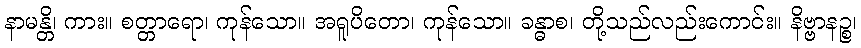
နာမန္တိ၊ ကား။ စတ္တာရော၊ ကုန်သော။ အရူပိတော၊ ကုန်သော။ ခန္ဓာစ၊ တို့သည်လည်းကောင်း။ နိဗ္ဗာနဉ္စ၊